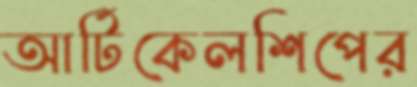
আর্টিকেলশিপের